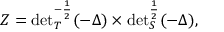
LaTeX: Z = { \operatorname * { d e t } } _ { T } ^ { - \frac 1 2 } ( - \Delta ) \times { \operatorname * { d e t } } _ { S } ^ { \frac 1 2 } ( - \Delta ) ,